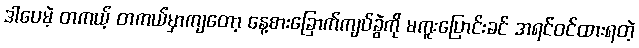
ဒါပေမဲ့ တကယ့် တကယ်မှာကျတော့ နေ့စားခြောက်ကျပ်ခွဲကို မကူးပြောင်းခင် အရင်ဝင်ထားရတဲ့